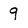
Character: q